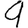
Digit: 9